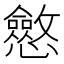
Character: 𭟠